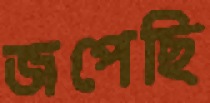
জপেছি